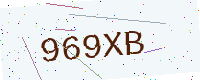
Text: 969XB